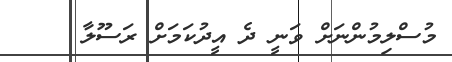
މުސްލިމުންނަށް ވަނީ ދެ އީދުކަމަށް ރަސޫލާ